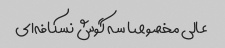
عالی مخصوصا سه گوش نسکافه‌ای